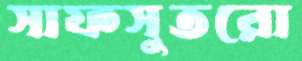
সাফসুতরো